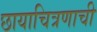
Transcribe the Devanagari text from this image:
छायाचित्रणाची